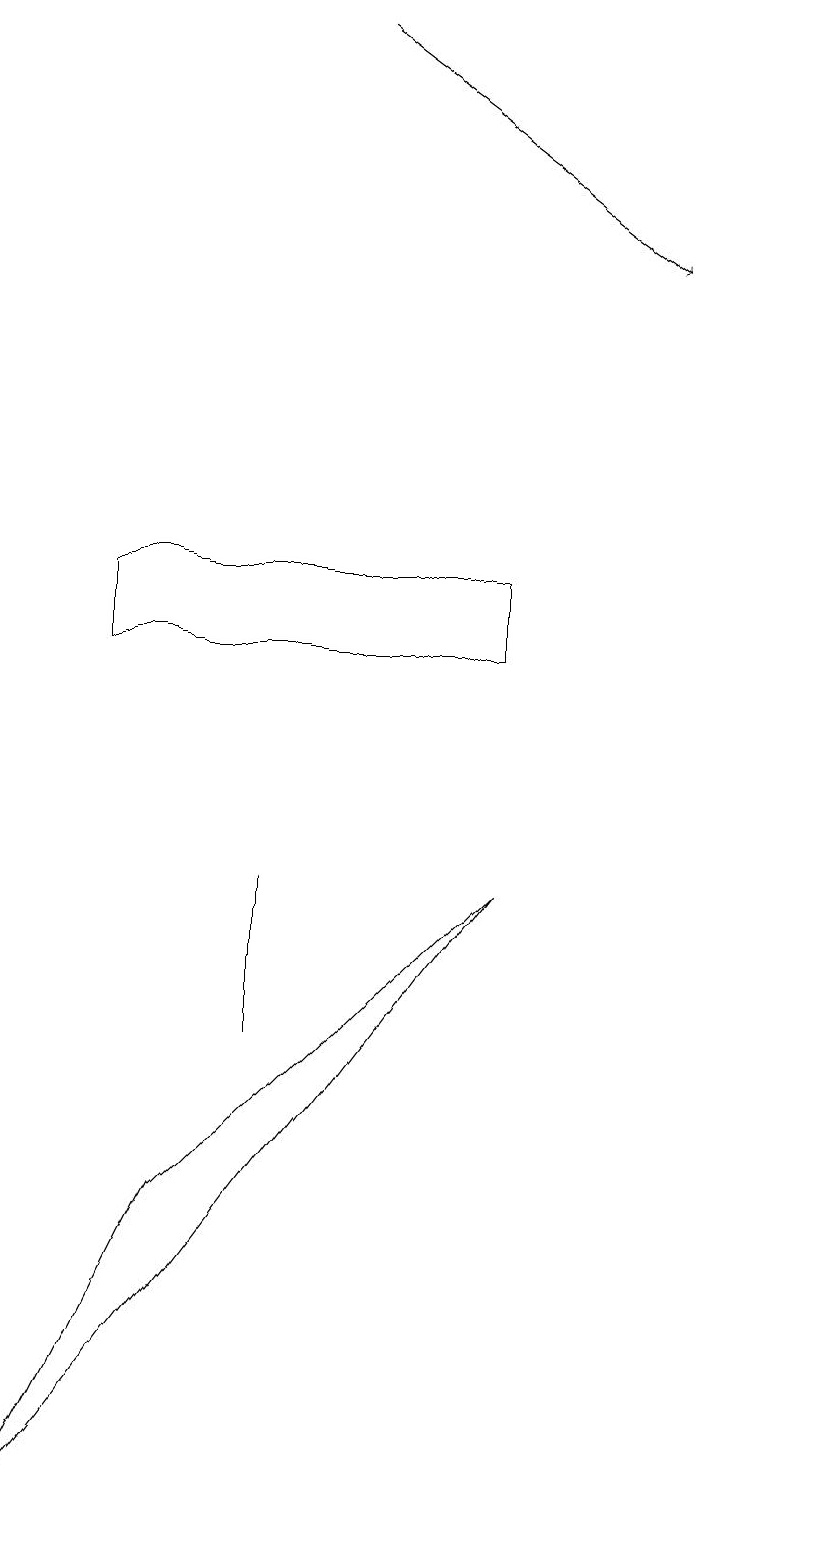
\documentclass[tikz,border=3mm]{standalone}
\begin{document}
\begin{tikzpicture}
\draw (11,10) circle (0);
\draw (4,6) -- (4,8) -- (4,8) -- cycle;
\draw (7,11) rectangle (2,12);
\draw[->] (5,19) -- (9,16);
\draw (1,0) -- (7,8) -- (3,4) -- cycle;
\draw (11,12) circle (0);
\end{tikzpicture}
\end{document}